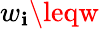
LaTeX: w_{\mathbf{i}}\leqw